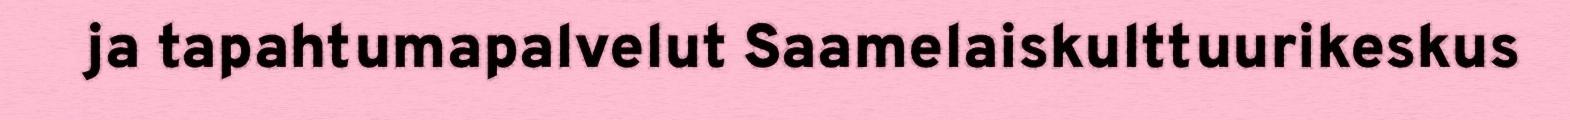
ja tapahtumapalvelut Saamelaiskulttuurikeskus